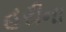
હરીના